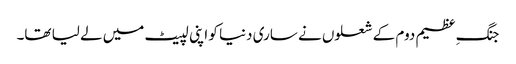
جنگِ عظیم دوم کے شعلوں نے ساری دنیا کو اپنی لپیٹ میں لے لیا تھا۔